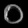
Digit: ၀